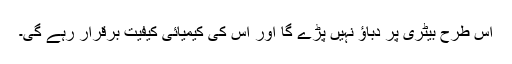
اس طرح بیٹری پر دباؤ نہیں پڑے گا اور اس کی کیمیائی کیفیت برقرار رہے گی۔